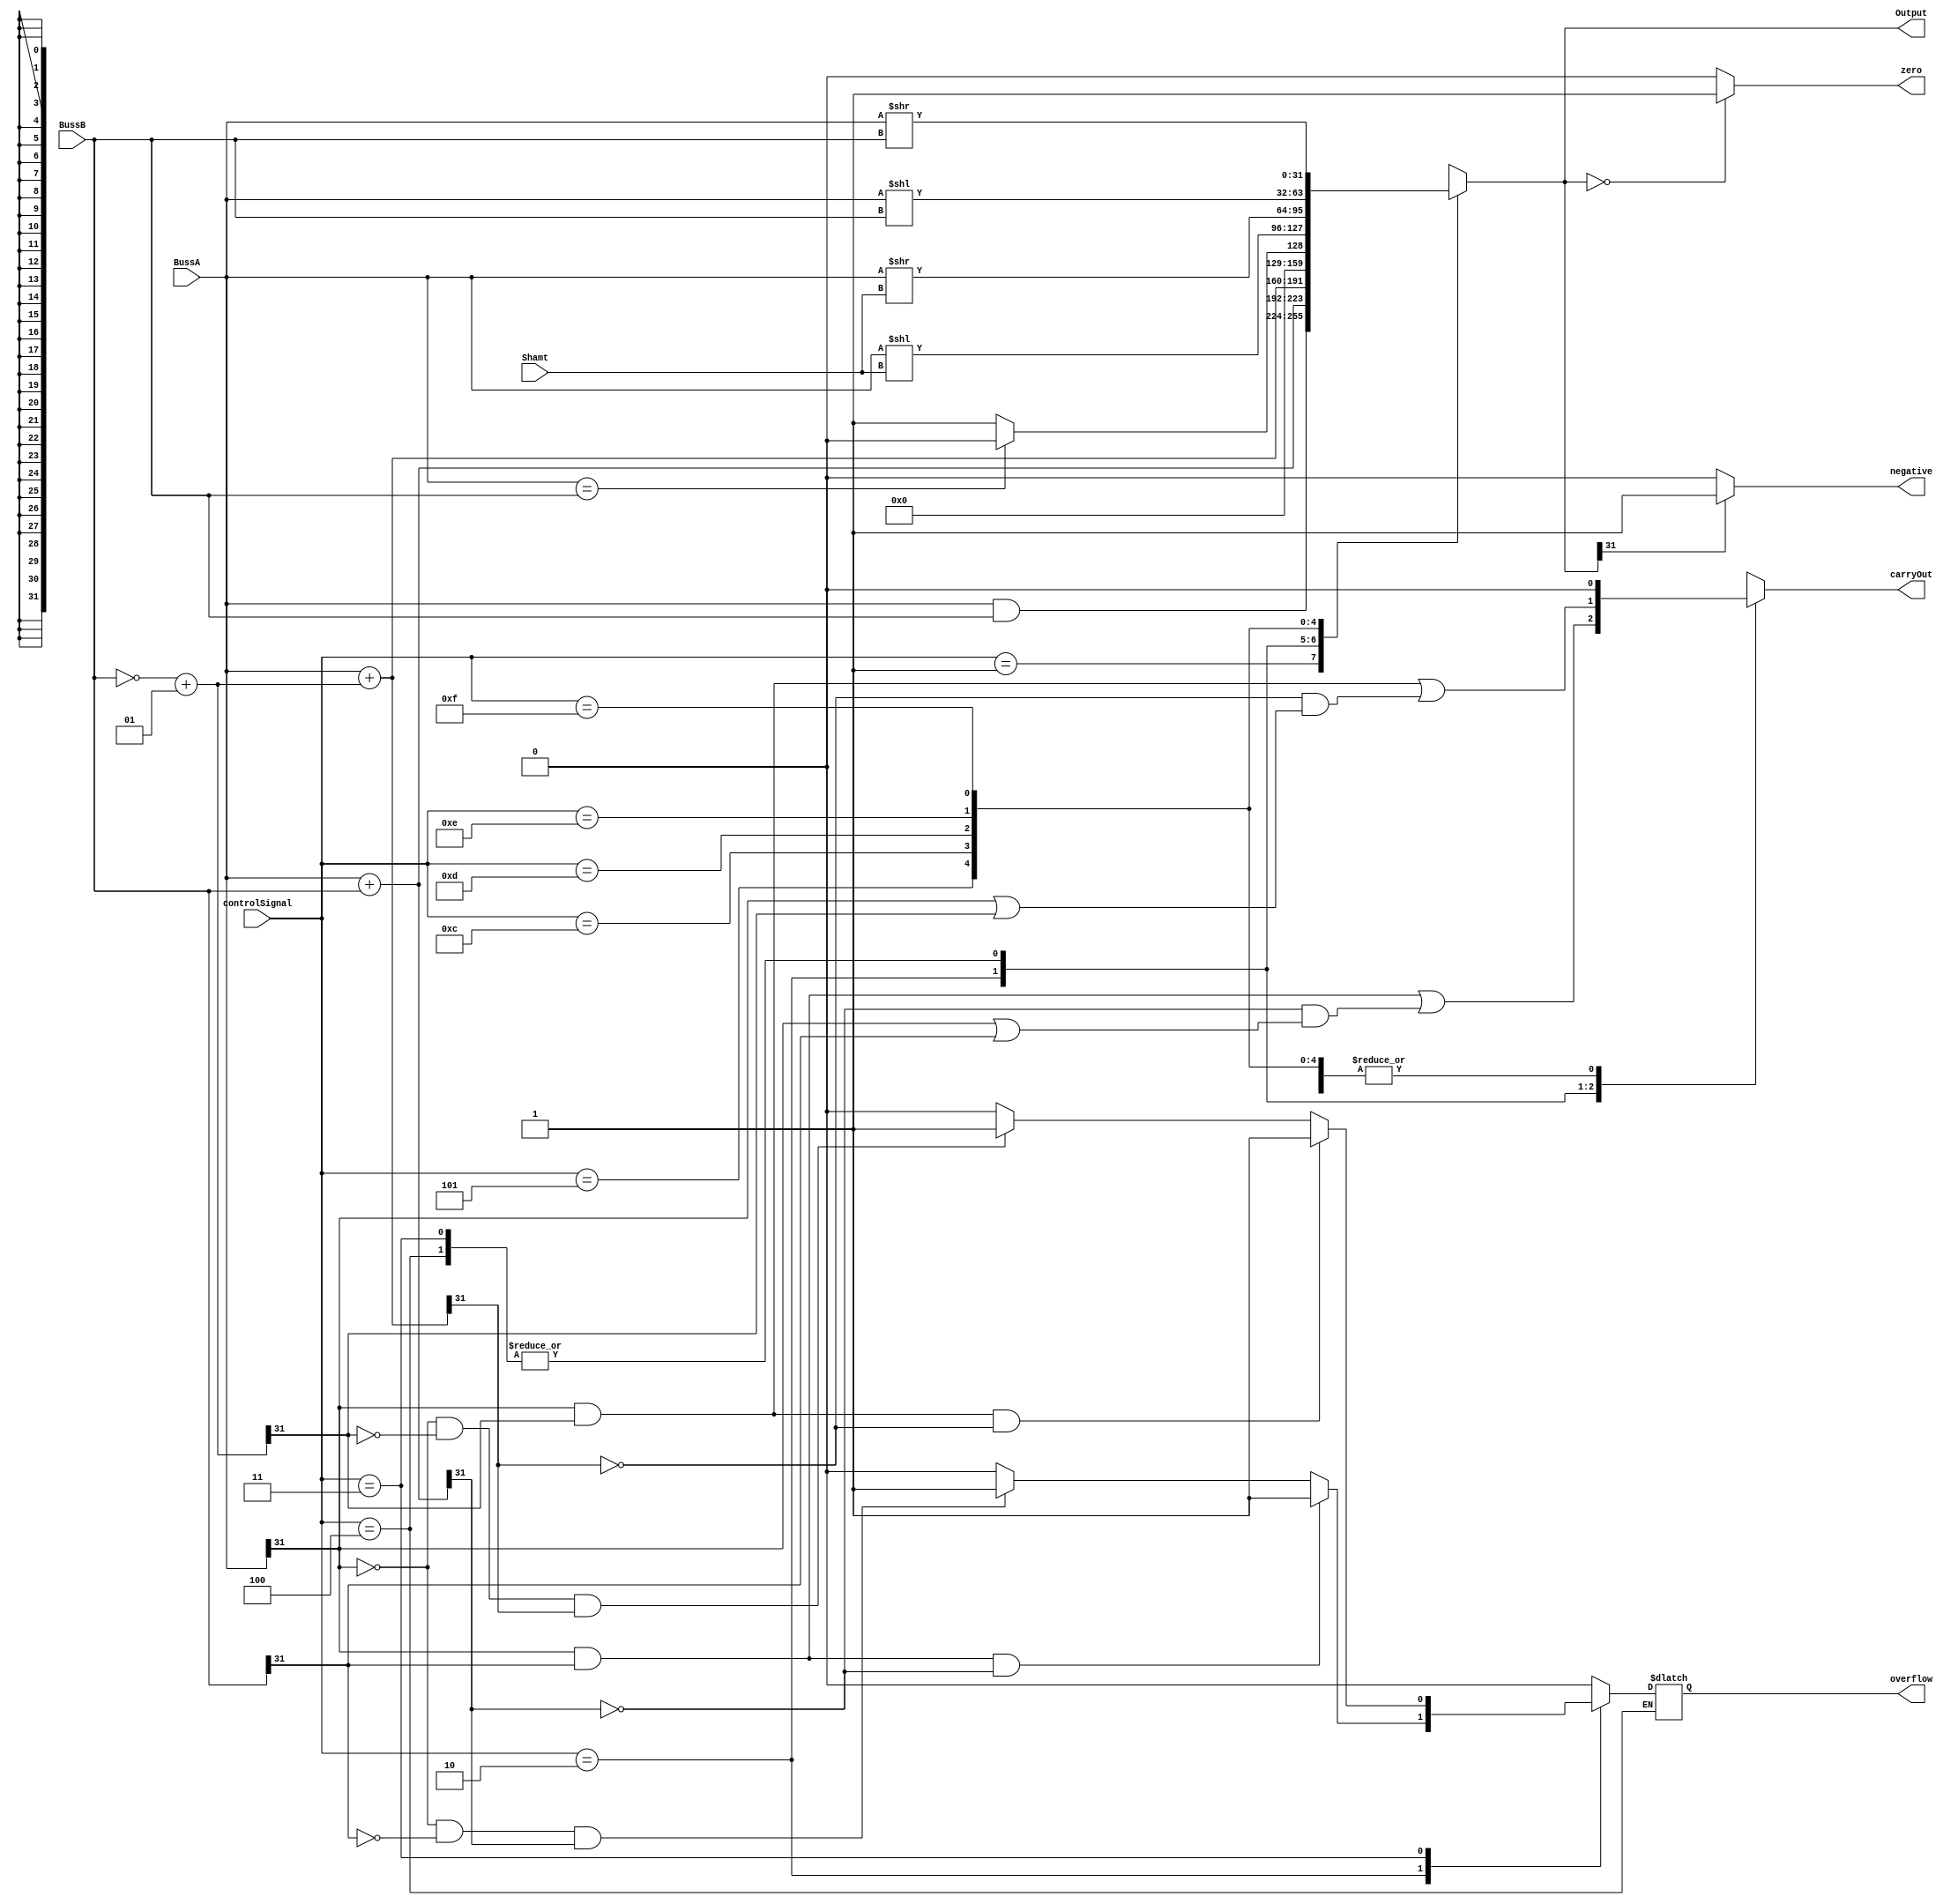
`timescale 1 ps / 100 fs


////////////////////////////////////////////////// ALU 32bit 
module alu(Output, carryOut, zero, overflow, negative, BussA, BussB, Shamt, controlSignal);
	// alu outputs
	output overflow, negative, zero, carryOut;
	output signed [31:0] Output;
	// alu inputs
	input signed [31:0] BussA;
	input signed [31:0] BussB;
	input [4:0] Shamt;
	input [3:0] controlSignal;

	// registers declarations
	reg signed [31:0] BussBComp;
	reg signed [31:0] Output;
	reg overflow, negative, zero, carryOut;

	// control signals
	parameter 	AND  = 4'b0001,
				ADD  = 4'b0010,
				SUB  = 4'b0011,
				CMP = 4'b0100,
				BEQ = 4'b0101,
				SLL = 4'b1100,
				SLR = 4'b1101,
				SLLV = 4'b1110,
				SLRV = 4'b1111;

	
	always @(BussA, BussB, controlSignal, Shamt) begin
		case (controlSignal)
			AND: begin
				Output = BussA & BussB;
				overflow = 1'b0;
				carryOut = 1'b0;
			end
			ADD: begin
				Output = BussA + BussB;
				carryOut = (BussA[31] && BussB[31]) || (!Output[31] && (BussA[31] || BussB[31]));
				if ((BussA[31] && BussB[31]) && !Output[31]) overflow = 1'b1;
				else if ((!BussA[31] && !BussB[31]) && Output[31]) overflow = 1'b1;
				else overflow = 1'b0;
			end
			SUB: begin
				BussBComp = ~BussB + 1;
				Output = BussA + BussBComp;
				carryOut = (BussA[31] && BussBComp[31]) || (!Output[31] && (BussA[31] || BussBComp[31]));
				if ((BussA[31] && BussBComp[31]) && !Output[31]) overflow = 1'b1;
				else if ((!BussA[31] && !BussBComp[31]) && Output[31]) overflow = 1'b1;
				else overflow = 1'b0;
			end
			CMP: begin
				BussBComp = ~BussB + 1;
				Output = BussA + BussBComp;
				carryOut = (BussA[31] && BussBComp[31]) || (!Output[31] && (BussA[31] || BussBComp[31]));
			end
			BEQ: begin
				if (BussA == BussB) Output = 32'b0;
				else Output = 32'b1;
				overflow = 1'b0;
				carryOut = 1'b0;
			end
			SLL: begin
				Output = BussA << Shamt;
				overflow = 1'b0;
				carryOut = 1'b0;
			end
			SLR: begin
				Output = BussA >> Shamt;
				overflow = 1'b0;
				carryOut = 1'b0;
			end
			SLLV: begin
				Output = BussA << BussB;
				overflow = 1'b0;
				carryOut = 1'b0;
			end
			SLRV: begin
				Output = BussA >> BussB;
				overflow = 1'b0;
				carryOut = 1'b0;
			end
			default: begin
				Output = 32'bx;
				overflow = 1'bx;
				carryOut = 1'bx;
			end
		endcase
	end
	// zero and negative for all cases
	always @(Output) begin
		if (!Output) zero = 1'b1;
		else zero = 1'b0;

		if (Output[31]) negative = 1'b1;
		else negative = 1'b0;
	end
endmodule